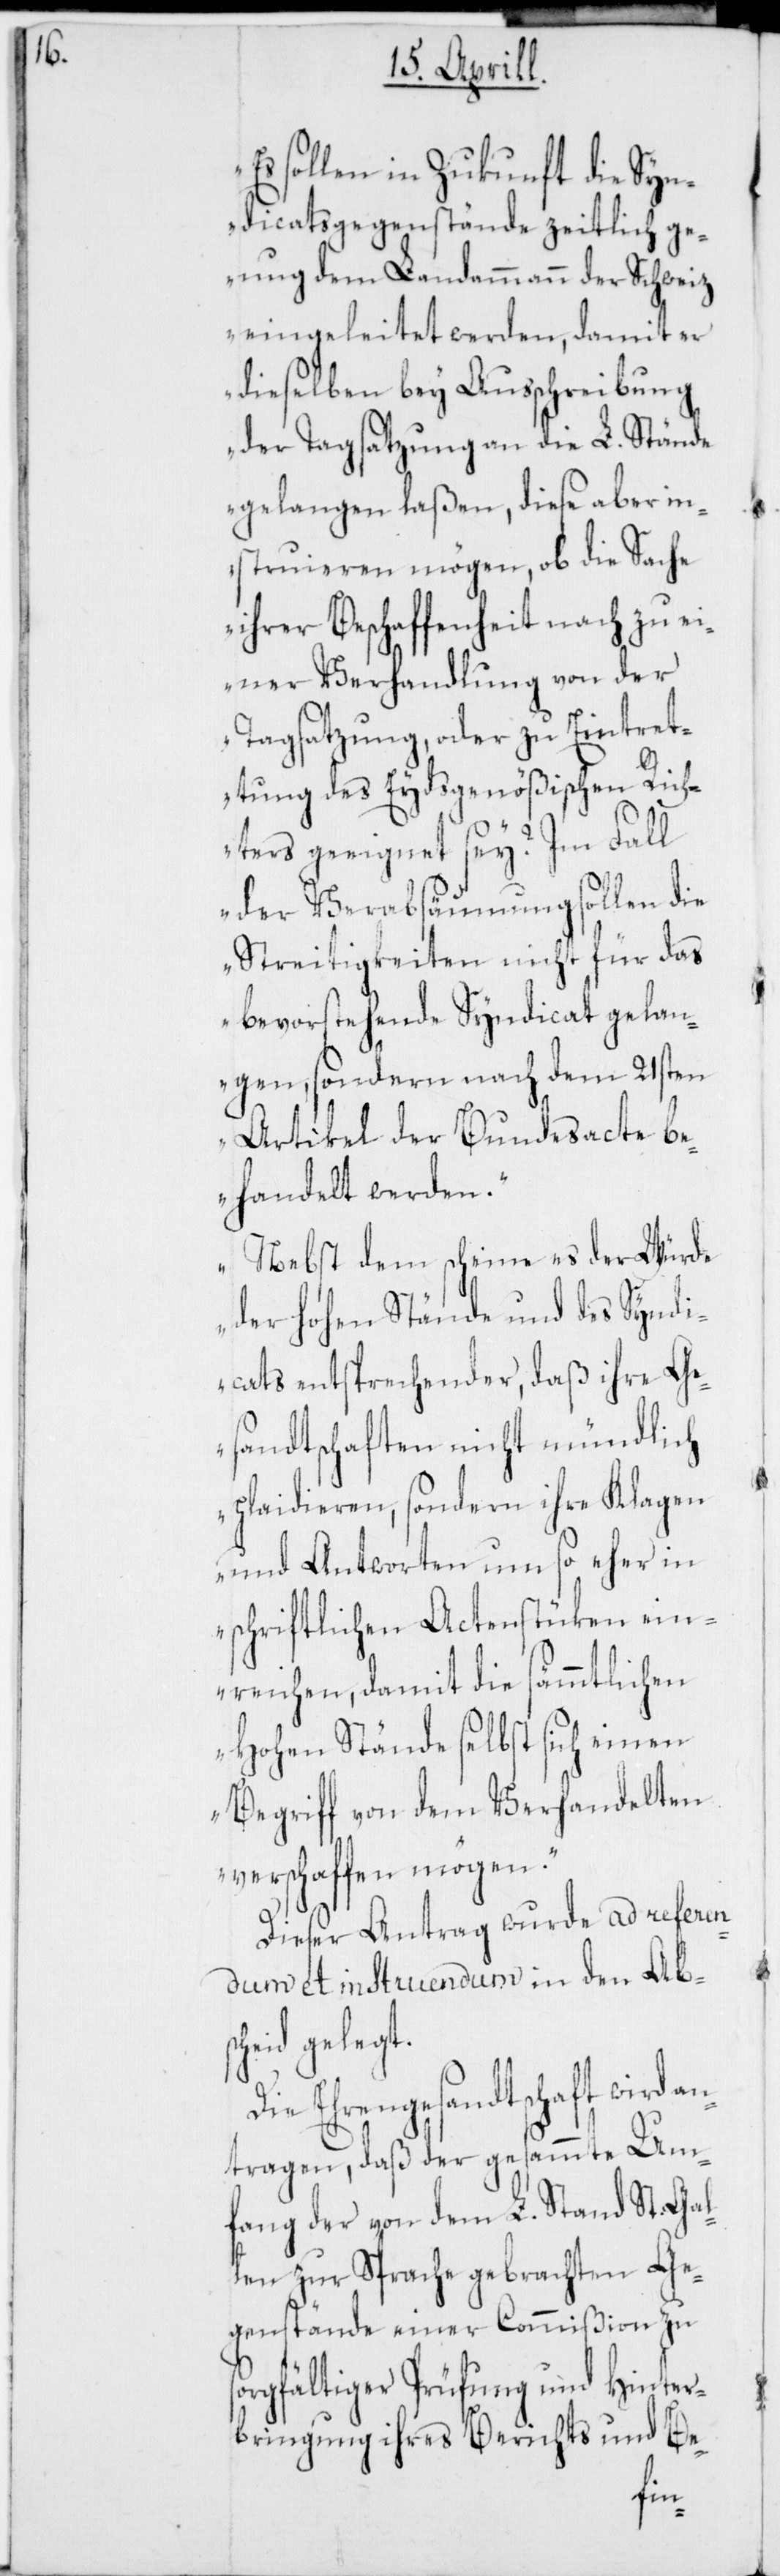
Es sollen in Zukunft die Syn¬
dicatsgegenstände zeitlich ge¬
nug dem Landammann der Schweiz
eingeleitet werden, damit er
dieselben bey Ausschreibung
der Tagsatzung an die L. Stände
gelangen laßen, diese aber in¬
struieren mögen, ob die Sache
ihrer Beschaffenheit nach zu ei¬
ner Verhandlung von der
Tagsatzung, oder zu Eintret¬
tung des Eydsgenößischen Rich¬
ters geeignet sey? Im Fall
der Verabsäumung sollen die
Streitigkeiten nicht für das
bevorstehende Syndicat gelan¬
gen, sondern nach dem 21sten
Artikel der Bundesacte be¬
handelt werden.
Nebst dem scheine es der Würde
der hohen Stände und des Syndi¬
cats entsprechender, daß ihre Ge¬
sandtschaften nicht mündlich
plaidieren, sondern ihre Klagen
und Antworten um so eher in
schriftlichen Actenstücken ein¬
reichen, damit die sämmtlichen
hohen Stände selbst sich einen
Begriff von dem Verhandelten
verschaffen mögen.“
Dieser Antrag wurde ad referen¬
dum et instruendum in den Abs¬
cheid gelegt.
Die Ehrengesandtschaft wird an¬
getragen, daß der gesammte Um¬
fang der von dem L. Stand St. Gal¬
len zur Sprache gebrachten Ge¬
genstände einer Commißion zu
sorgfältiger Prüfung und Hinter¬
bringung ihres Berichts und Be-